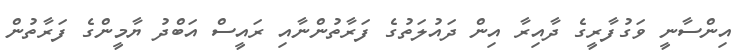
އިންސާނީ ވަގުފާރީގެ ދާއިރާ އިން ދައުލަތުގެ ފަރާތުންނާއި ރައީސް އަބްދު ޔާމީންގެ ފަރާތުން